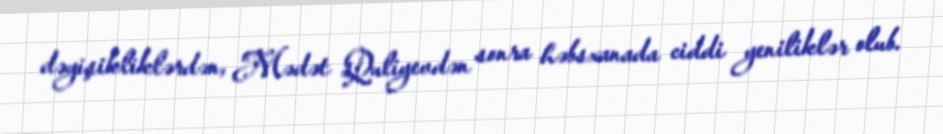
dəyişikliklərdən, Mədət Quliyevdən sonra həbsxanada ciddi yeniliklər olub.